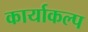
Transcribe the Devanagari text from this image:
कार्याकल्प